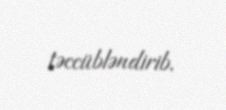
təccübləndirib.